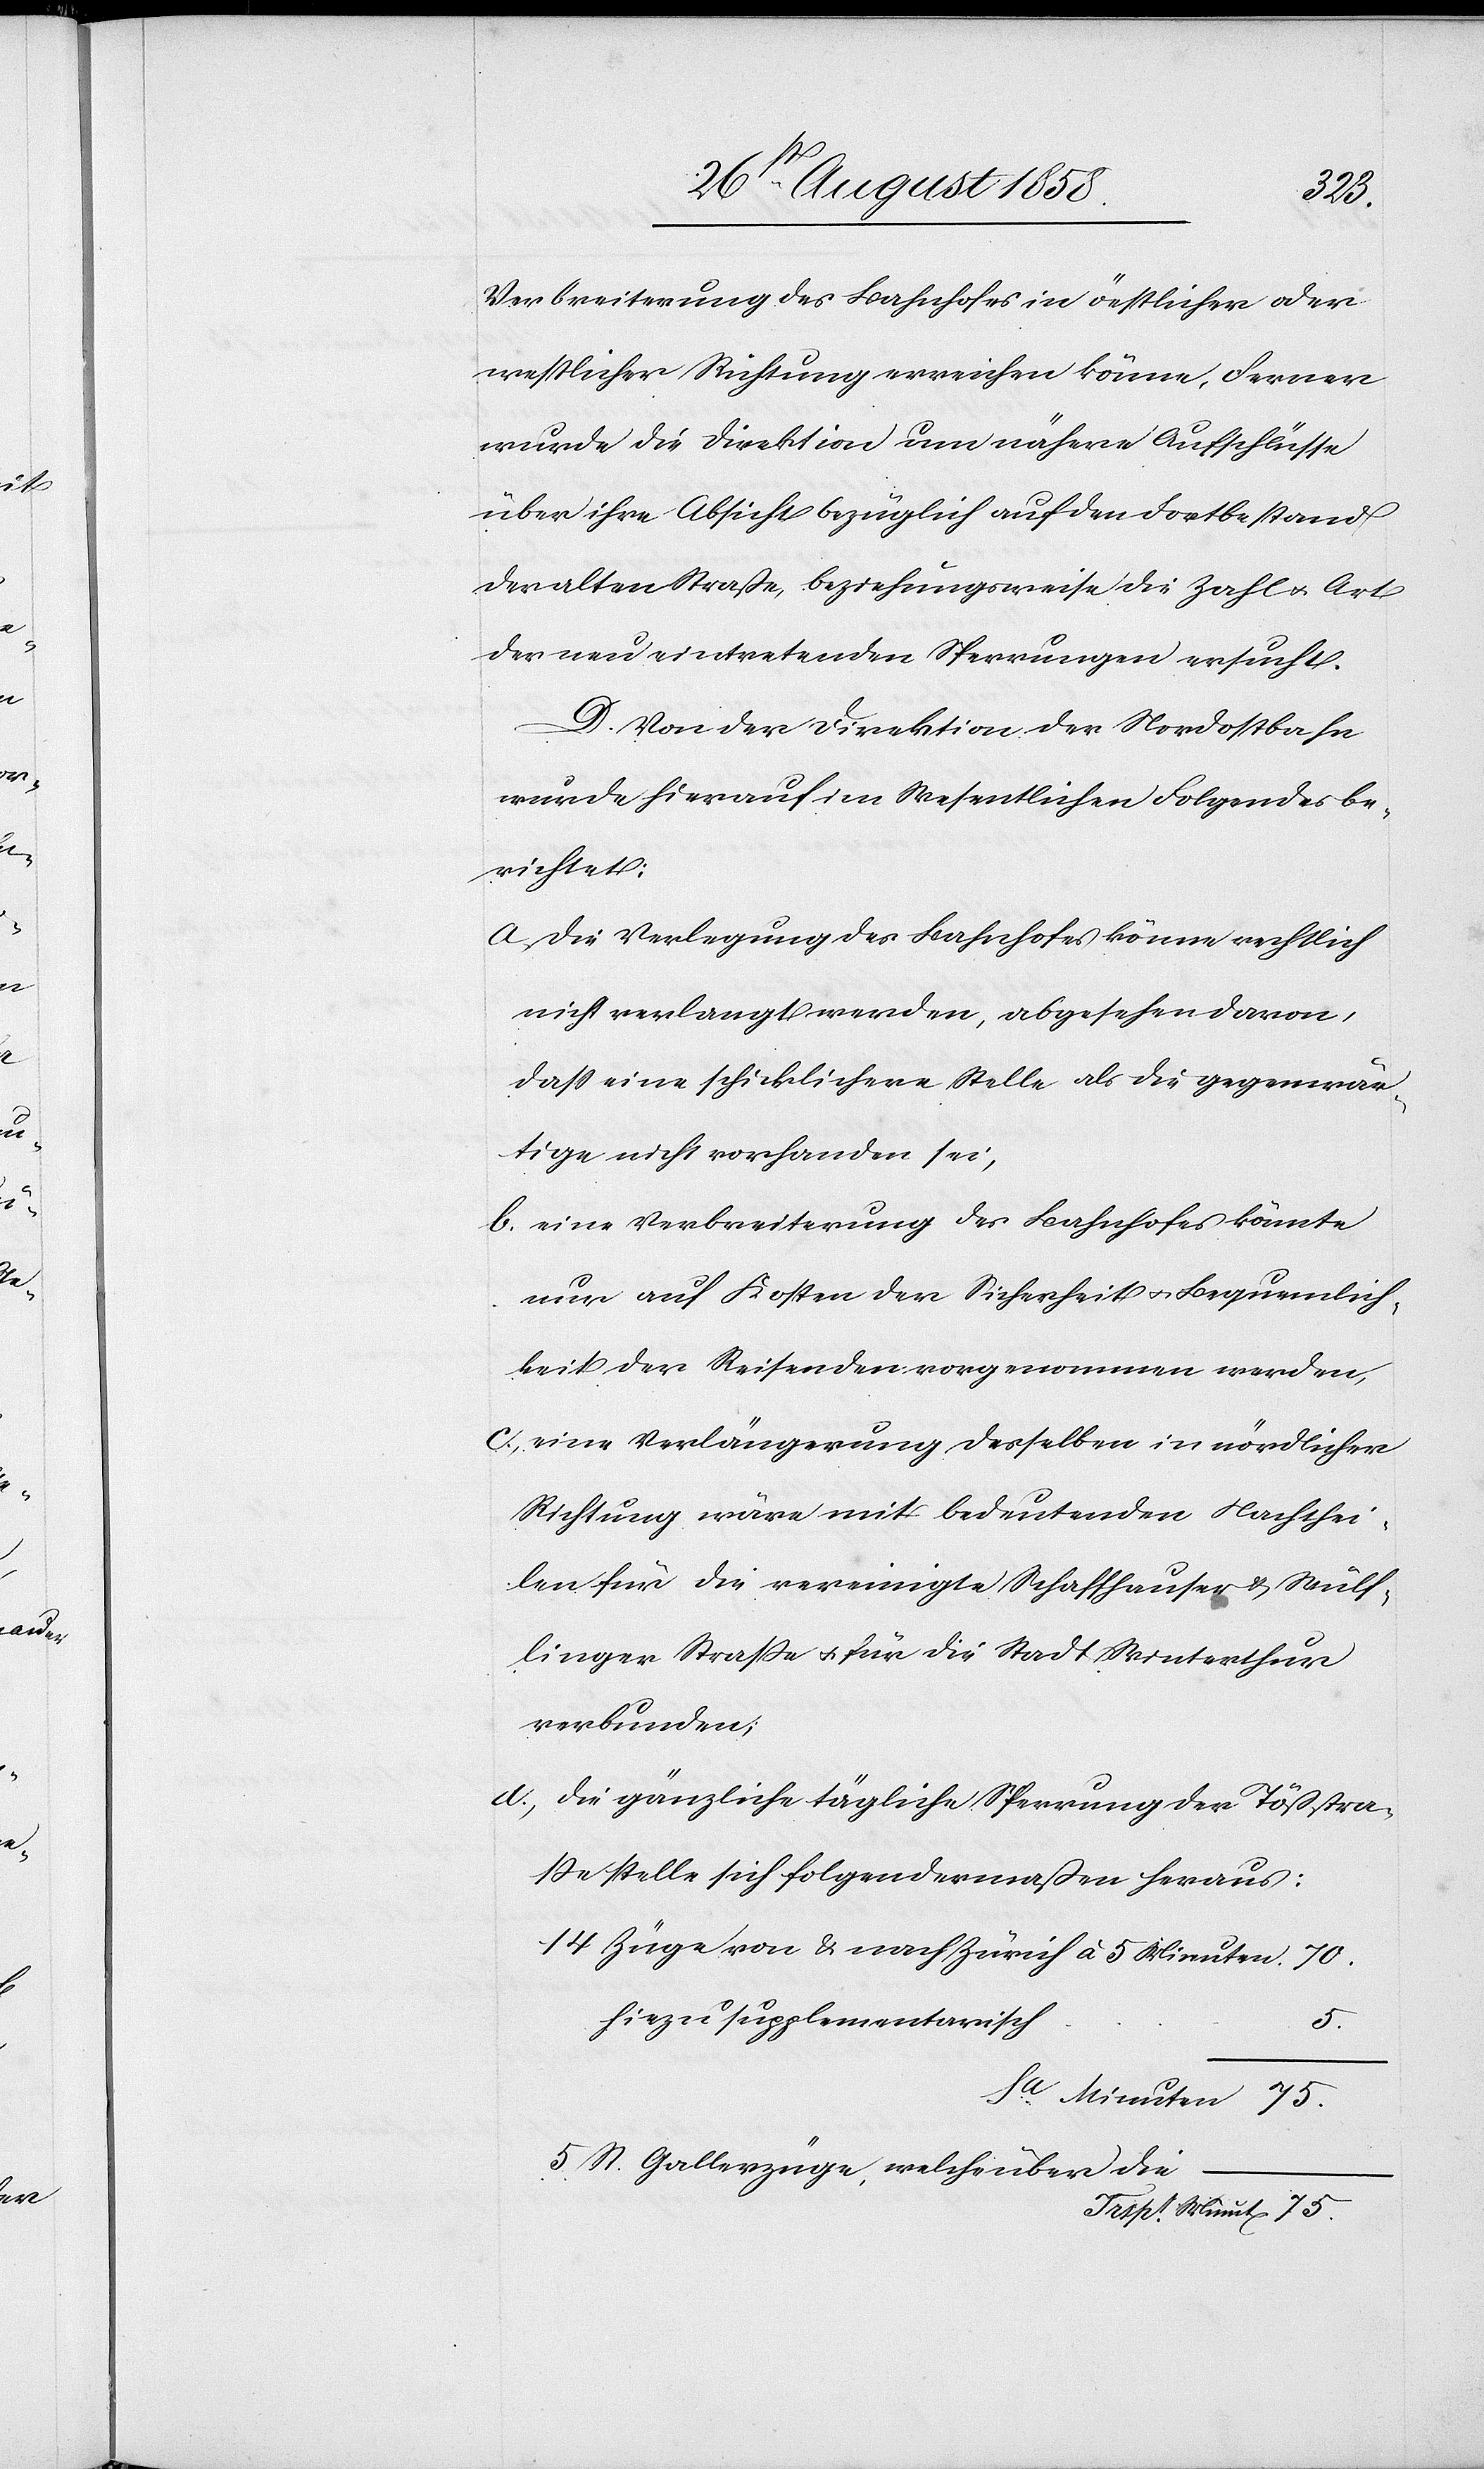
75.
Verbreiterung des Bahnhofes in öestlicher oder
westlicher Richtung erreichen könne. Ferner
wurde die Direktion um nähere Aufschlüsse
über ihre Absicht bezüglich auf den Fortbestand
der alten Straße, beziehungsweise die Zahl & Art
der neu eintretenden Sperrungen ersucht.
D. Von der Direktion der Nordostbahn
wurde hierauf im Wesentlichen Folgendes be¬
richtet:
a. Die Verlegung des Bahnhofes könne rechtlich
nicht verlangt werden, abgesehen davon,
dass eine schicklichere Stelle als die gegenwär¬
tige nicht vorhanden sei,
b. eine Verbreiterung des Bahnhofes könnte
nur auf Kosten der Sicherheit & Bequemlich¬
keit der Reisenden vorgenommen werden,
c. eine Verlängerung desselben in nördlicher
Richtung wäre mit bedeutenden Nachthei¬
len für die vereinigte Schaffhauser & Wülf¬
linger Straße & für die Stadt Winterthur
verbunden;
d. die gänzliche tägliche Sperrung der Tößstra¬
ße stelle sich folgendermaßen heraus:
14 Züge von & nach Zürich à 5 Minuten
hiezu supplementarisch
5.
Sa Minuten
5 St. Gallerzüge, welche über die